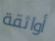
أواثقة